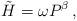
LaTeX: \begin{align*}\tilde{H} = \omega P^\beta \, ,\end{align*}